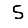
Digit: 5